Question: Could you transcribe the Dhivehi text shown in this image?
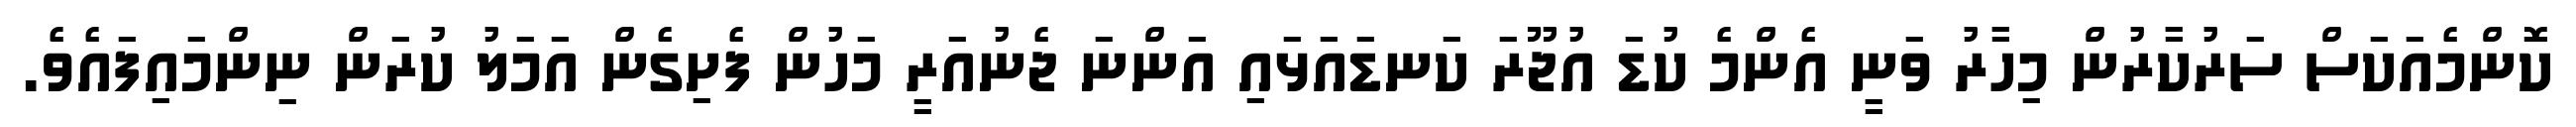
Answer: ކޮންމެއަކަސް ސަރުކާރުން މިހާރު ވަނީ އެންމެ ކުޑަ އުޖޫރަ ކަނޑައަޅައި އަންނަ ޖެނުއަރީ މަހުން ފެށިގެން އަމަލު ކުރަން ނިންމައިފައެވެ.